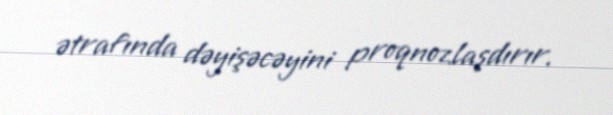
ətrafında dəyişəcəyini proqnozlaşdırır.